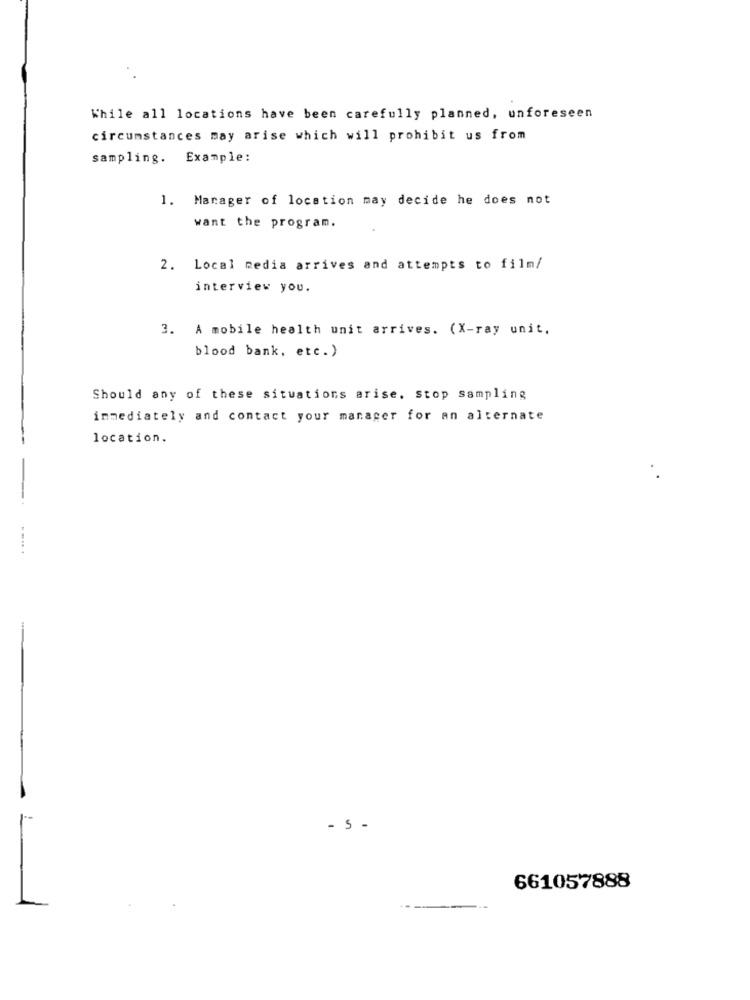
While all locations have been carefully planned, unforeseen
circumstances may arise which will prohibit us from
sampling. Example:
1. Manager of location may decide he does not
want the program.
2. Local media arrives and attempts to film/
interview you.
3. A mobile health unit arrives. (X-ray unit,
blood bank, etc. )
Should any of these situations arise. stop sampling
immediately and contact your manager for an alternate
location.
- S -
661057888